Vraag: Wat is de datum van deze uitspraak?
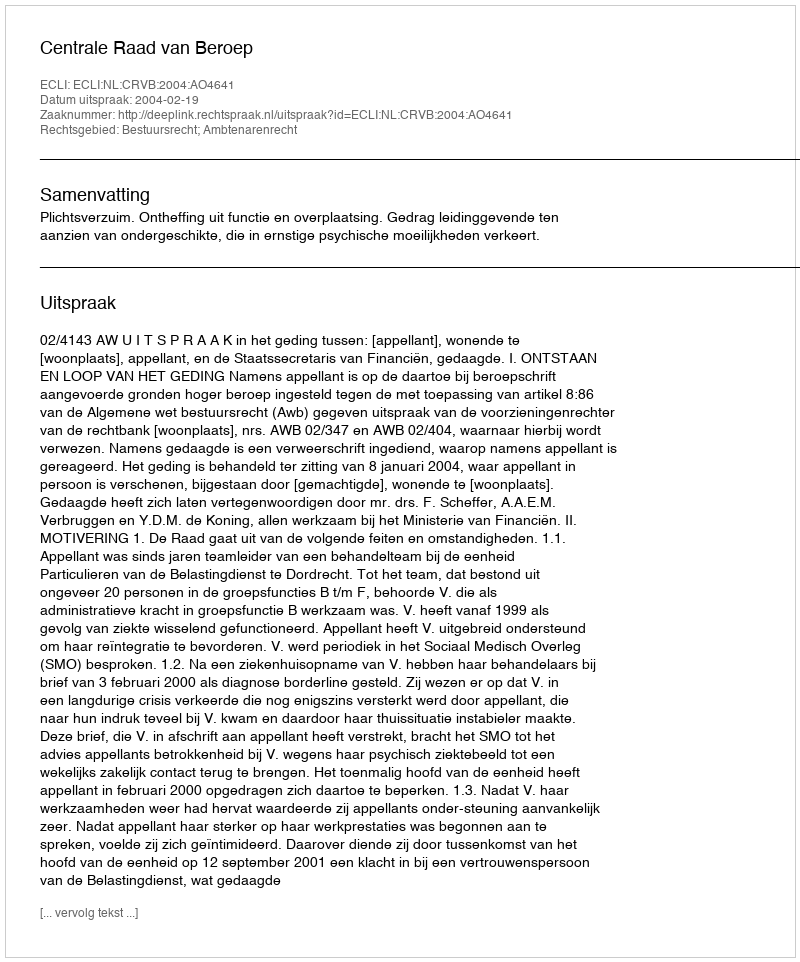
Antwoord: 2004-02-19